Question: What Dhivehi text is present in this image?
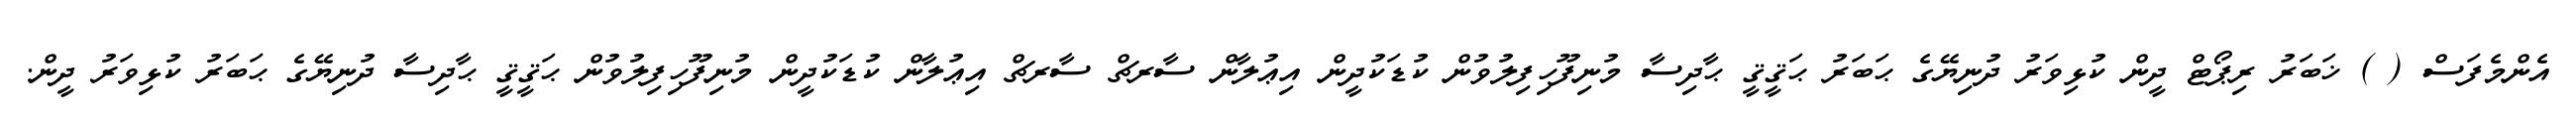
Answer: އެންމެފަސް ( ) ޚަބަރު ރިޕޯޓް ދީން ކުޅިވަރު ދުނިޔޭގެ ޙަބަރު ޙަޤީޤީ ޙާދިސާ މުނިފޫހިފިލުވުން ކުޑަކުދީން އިޢުލާން ސާރޗް ސާރޗް އިޢުލާން ކުޑަކުދީން މުނިފޫހިފިލުވުން ޙަޤީޤީ ޙާދިސާ ދުނިޔޭގެ ޙަބަރު ކުޅިވަރު ދީން.